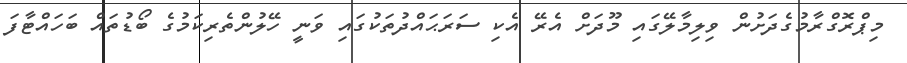
މިޕްރޮގްރާމުގެދަށުން ވިލިމާލޭގައި މޫދަށް އެރޭ އެކި ސަރަޙައްދުތަކުގައި ވަނީ ހޭލުންތެރިކަމުގެ ބޯޑުތައް ބަހައްޓާފަ